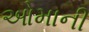
ઓમાની